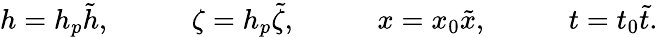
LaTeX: \begin{array}{rlrlrlr}{h=h_{p}\tilde{h},\quad}&{{}}&{\zeta=h_{p}\tilde{\zeta},\quad}&{{}}&{x=x_{0}\tilde{x},\quad}&{{}}&{t=t_{0}\tilde{t}.}\end{array}